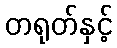
တရုတ်နှင့်